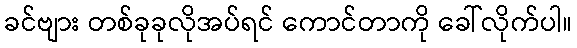
ခင်ဗျား တစ်ခုခုလိုအပ်ရင် ကောင်တာကို ခေါ်လိုက်ပါ။